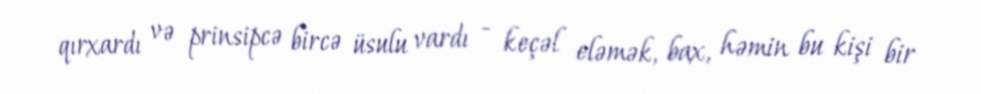
qırxardı və prinsipcə bircə üsulu vardı - keçəl eləmək, bax, həmin bu kişi bir